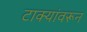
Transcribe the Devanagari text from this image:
टाक्यांवरून